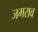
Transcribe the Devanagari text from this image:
जमराव